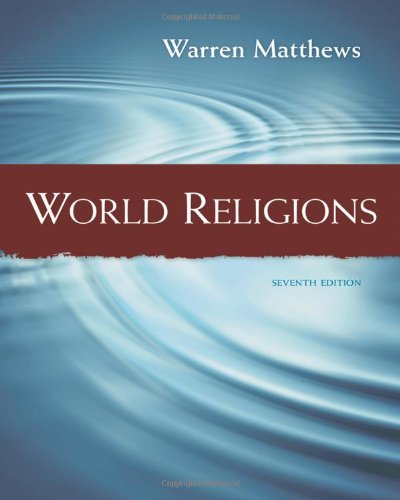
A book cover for World Religions; Warren Matthews; Politics & Social Sciences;